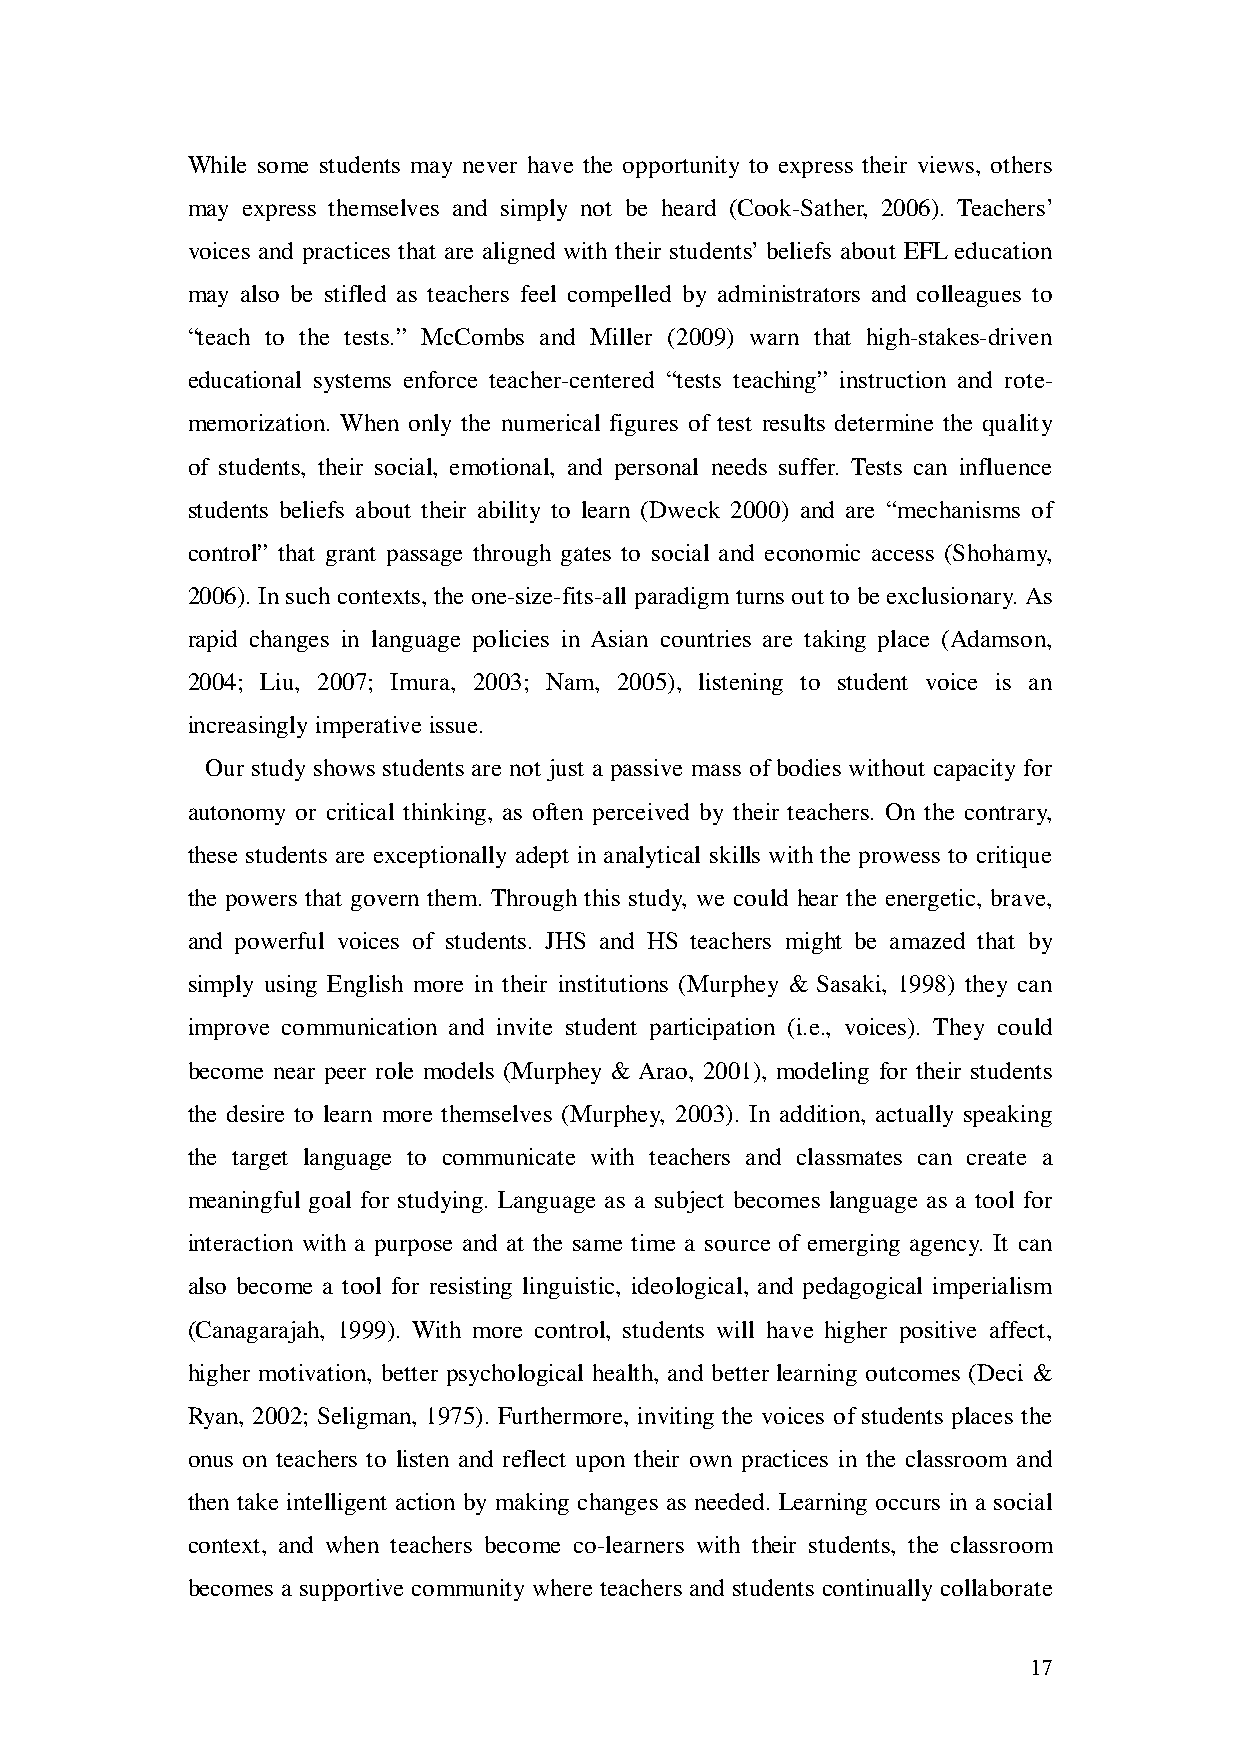
While some students may never have the opportunity to express their views, others
 may express themselves and simply not be heard (Cook-Sather, 2006). Teachers’
 voices and practices that are aligned with their students’ beliefs about EFL education
 may also be stifled as teachers feel compelled by administrators and colleagues to
 “teach to the tests.” McCombs and Miller (2009) warn that high-stakes-driven
 educational systems enforce teacher-centered “tests teaching” instruction and rote-
 memorization. When only the numerical figures of test results determine the quality
 of students, their social, emotional, and personal needs suffer. Tests can influence
 students beliefs about their ability to learn (Dweck 2000) and are “mechanisms of
 control” that grant passage through gates to social and economic access (Shohamy,
 2006). In such contexts, the one-size-fits-all paradigm turns out to be exclusionary. As
 rapid changes in language policies in Asian countries are taking place (Adamson,
 2004; Liu, 2007; Imura, 2003; Nam, 2005), listening to student voice is an
 increasingly imperative issue.
 Our study shows students are not just a passive mass of bodies without capacity for
 autonomy or critical thinking, as often perceived by their teachers. On the contrary,
 these students are exceptionally adept in analytical skills with the prowess to critique
 the powers that govern them. Through this study, we could hear the energetic, brave,
 and powerful voices of students. JHS and HS teachers might be amazed that by
 simply using English more in their institutions (Murphey & Sasaki, 1998) they can
 improve communication and invite student participation (i.e., voices). They could
 become near peer role models (Murphey & Arao, 2001), modeling for their students
 the desire to learn more themselves (Murphey, 2003). In addition, actually speaking
 the target language to communicate with teachers and classmates can create a
 meaningful goal for studying. Language as a subject becomes language as a tool for
 interaction with a purpose and at the same time a source of emerging agency. It can
 also become a tool for resisting linguistic, ideological, and pedagogical imperialism
 (Canagarajah, 1999). With more control, students will have higher positive affect,
 higher motivation, better psychological health, and better learning outcomes (Deci &
 Ryan, 2002; Seligman, 1975). Furthermore, inviting the voices of students places the
 onus on teachers to listen and reflect upon their own practices in the classroom and
 then take intelligent action by making changes as needed. Learning occurs in a social
 context, and when teachers become co-learners with their students, the classroom
 becomes a supportive community where teachers and students continually collaborate
 17